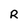
Character: R